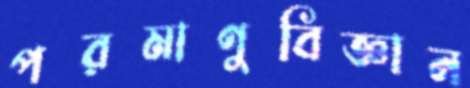
পরমাণুবিজ্ঞান